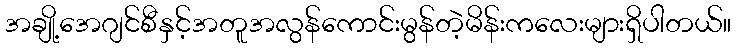
အချို့အေဂျင်စီနှင့်အတူအလွန်ကောင်းမွန်တဲ့မိန်းကလေးများရှိပါတယ်။